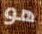
هو